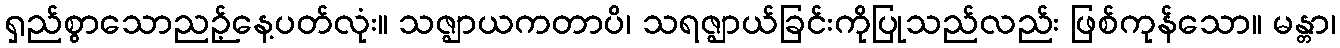
ရှည်စွာသောညဉ့်နေ့ပတ်လုံး။ သဇ္ဈာယကတာပိ၊ သရဇ္ဈာယ်ခြင်းကိုပြုသည်လည်း ဖြစ်ကုန်သော။ မန္တာ၊